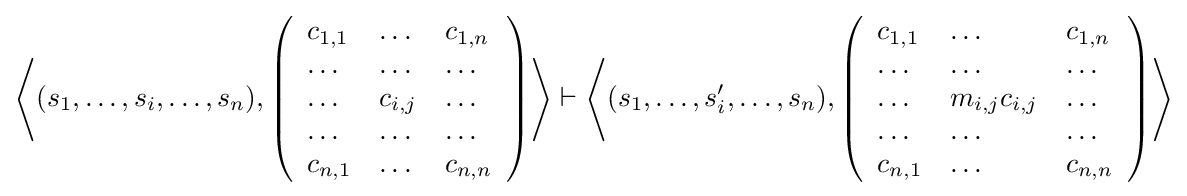
\left\langle (s_{1},\dots ,s_{i},\dots ,s_{n}),\left({\begin{array}{lll}c_{1,1}&\dots &c_{1,n}\\\dots &\dots &\dots \\\dots &c_{i,j}&\dots \\\dots &\dots &\dots \\c_{n,1}&\dots &c_{n,n}\end{array}}\right)\right\rangle \vdash \left\langle (s_{1},\dots ,s'_{i},\dots ,s_{n}),\left({\begin{array}{lll}c_{1,1}&\dots &c_{1,n}\\\dots &\dots &\dots \\\dots &m_{i,j}c_{i,j}&\dots \\\dots &\dots &\dots \\c_{n,1}&\dots &c_{n,n}\end{array}}\right)\right\rangle